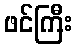
ဖင်ကြီး